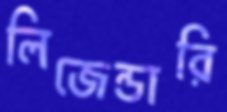
লিজেন্ডারি